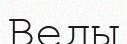
Веды